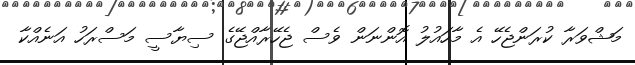
މަޝްވަރާ ކުރަންޖެހޭ އެ މާހައުލު އޮންނަން ވެސް ޖެހޭރާއްޖޭގެ ސިޔާސީ މަސްރަހު އަނެއްކާ